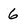
Character: 6